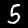
Label: 5